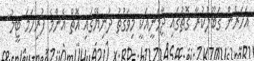
އަހަރެން ގަބޫލުކުރާ ގޮތުގައި ޖާމަނީއަކީ މިވަގުތު ދުނިޔޭގައި އޮތް އެންމެ ފުރިހަމަ ޓީމު"